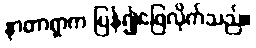
နာတာရှာက ပြန်၍ဖြေလိုက်သည်။